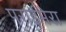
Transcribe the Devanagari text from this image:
पराईमेरा